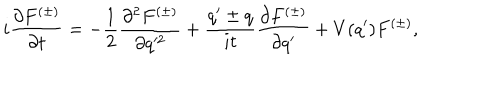
LaTeX: i \frac { \partial F ^ { ( \pm ) } } { \partial t } = - \frac { 1 } { 2 } \frac { \partial ^ { 2 } F ^ { ( \pm ) } } { \partial q ^ { 2 } } + \frac { q ^ { \prime } \pm q } { i t } \frac { \partial F ^ { ( \pm ) } } { \partial q ^ { \prime } } + V ( q ^ { \prime } ) F ^ { ( \pm ) } ,